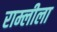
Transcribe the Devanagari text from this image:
राम्लीला